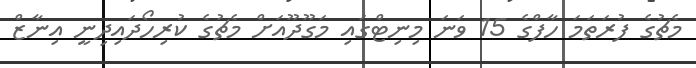
މެޗުގެ ފުރަތަމަ ހާފްގެ 15 ވަނަ މިނިޓްގައި މަގޫދޫއަށް މެޗުގެ ކުރިހޯދައިދިނީ އިނާޒް